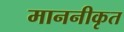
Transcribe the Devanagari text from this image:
माननीकृत